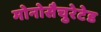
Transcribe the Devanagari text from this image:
मोनोसैचुरेटेड